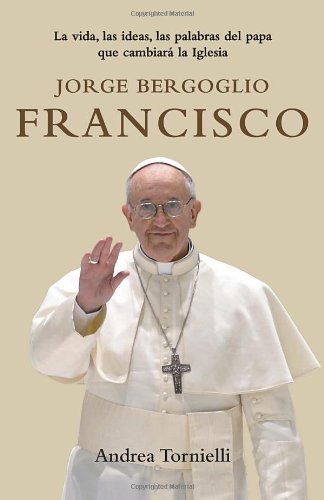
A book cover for Jorge Bergoglio Francisco: La vida, las ideas, las palabras del Papa que cambiara la Iglesia (Spanish Edition); Andrea Tornielli; Christian Books & Bibles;